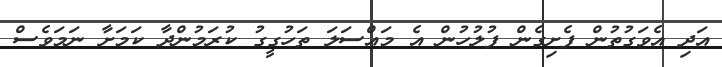
އަދި އެވަގުތުން ފެށިގެން ފުލުހުން އެ މައްސަލަ ތަހުގީގު ކުރަމުންދާ ކަމަށާ ނަމަވެސް